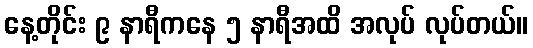
နေ့တိုင်း ၉ နာရီကနေ ၅ နာရီအထိ အလုပ် လုပ်တယ်။